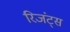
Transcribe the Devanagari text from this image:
रिजंट्स